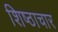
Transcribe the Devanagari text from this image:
शिष्ठाचार